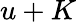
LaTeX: u+K